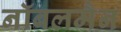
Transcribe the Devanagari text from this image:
नॉबलमैन